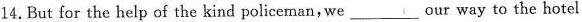
14. But for the help of the kind policeman, we___our way to the hotel